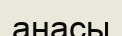
анасы